Civil Veterinary Department ledger series I-VI
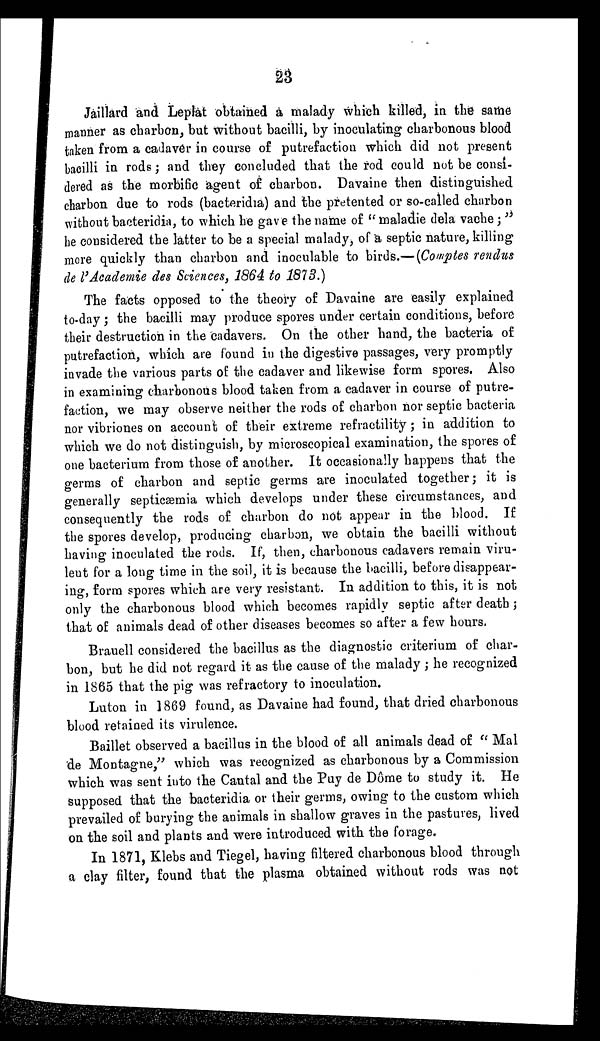
23
Jaillard and Leplat obtained a malady which killed, in the same
manner as charbon, but without bacilli, by inoculating charbonous blood
taken from a cadaver in course of putrefaction which did not present
bacilli in rods; and they concluded that the rod could not be consi-
dered as the morbific agent of charbon. Davaine then distinguished
charbon due to rods (bacteridia) and the pretented or so-called charbon
without bacteridia, to which he gave the name of "maladie dela vache;"
he considered the latter to be a special malady, of a septic nature, killing
more quickly than charbon and inoculable to birds.— (Comptes rendus
de l'Academie des Sciences, 1864 to 1873.)
The facts opposed to the theory of Davaine are easily explained
to-day; the bacilli may produce spores under certain conditions, before
their destruction in the cadavers. On the other hand, the bacteria of
putrefaction, which are found in the digestive passages, very promptly
invade the various parts of the cadaver and likewise form spores. Also
in examining charbonous blood taken from a cadaver in course of putre-
faction, we may observe neither the rods of charbon nor septic bacteria
nor vibriones on account of their extreme refractility; in addition to
which we do not distinguish, by microscopical examination, the spores of
one bacterium from those of another. It occasionally happens that the
germs of charbon and septic germs are inoculated together; it is
generally septicæmia which develops under these circumstances, and
consequently the rods of charbon do not appear in the blood. If
the spores develop, producing charbon, we obtain the bacilli without
having inoculated the rods. If, then, charbonous cadavers remain viru-
lent for a long time in the soil, it is because the bacilli, before disappear-
ing, form spores which are very resistant. In addition to this, it is not
only the charbonous blood which becomes rapidly septic after death ;
that of animals dead of other diseases becomes so after a few hours.
Brauell considered the bacillus as the diagnostic criterium of char-
bon, but he did not regard it as the cause of the malady; he recognized
in 1865 that the pig was refractory to inoculation.
Luton in 1869 found, as Davaine had found, that dried charbonous
blood retained its virulence.
Baillet observed a bacillus in the blood of all animals dead of "Mal
de Montagne," which was recognized as charbonous by a Commission
which was sent into the Cantal and the Puy de Dôme to study it. He
supposed that the bacteridia or their germs, owing to the custom which
prevailed of burying the animals in shallow graves in the pastures, lived
on the soil and plants and were introduced with the forage.
In 1871, Klebs and Tiegel, having filtered charbonous blood through
a clay filter, found that the plasma obtained without rods was not